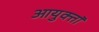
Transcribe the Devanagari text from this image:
आयुक्तॉ